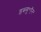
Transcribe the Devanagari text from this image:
डब्ल्यू॰ऍन॰